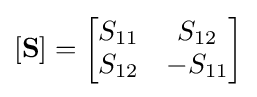
\left[\mathbf {S} \right]={\begin{bmatrix}S_{11}&S_{12}\\S_{12}&-S_{11}\end{bmatrix}}